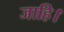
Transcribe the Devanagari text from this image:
जाहि।